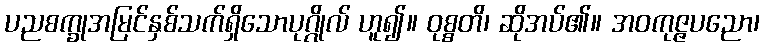
ပညစက္ခုအမြင်နှစ်သက်ရှိသောပုဂ္ဂိုလ် ဟူ၍။ ဝုစ္စတိ၊ ဆိုအပ်၏။ အဝကုဇ္ဇပညော၊